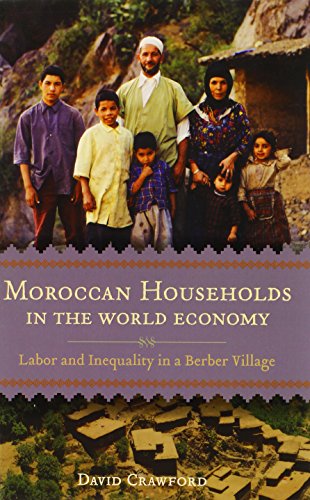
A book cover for Moroccan Households in the World Economy: Labor and Inequality in a Berber Village; David Crawford; Business & Money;